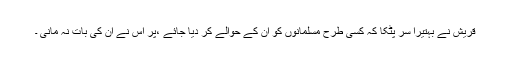
قریش نے بہتیرا سر پٹکا کہ کسی طرح مسلمانوں کو ان کے حوالے کر دیا جائے ،پر اس نے ان کی بات نہ مانی ۔